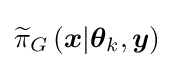
{\widetilde {\pi }}_{G}\left({\boldsymbol {x}}|{\boldsymbol {\theta }}_{k},{\boldsymbol {y}}\right)